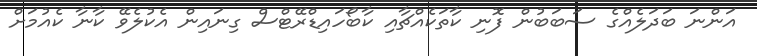
އަންނަ ބަދަލެއްގެ ސަބަބުން ފޮނި ކާތަކެއްޗާއި ކާބޯހައިޑްރޭޓްސް ގިނައިން އެކުލެވޭ ކާނާ ކެއުމަށް